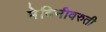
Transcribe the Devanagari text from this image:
मेदिनीवरुती